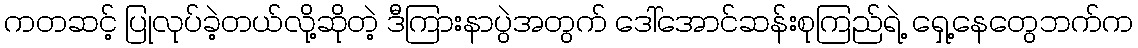
ကတဆင့် ပြုလုပ်ခဲ့တယ်လို့ဆိုတဲ့ ဒီကြားနာပွဲအတွက် ဒေါ်အောင်ဆန်းစုကြည်ရဲ့ ရှေ့နေတွေဘက်က